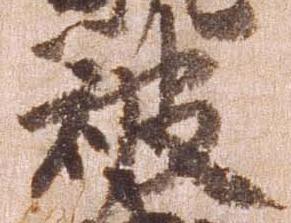
被